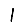
Digit: 1